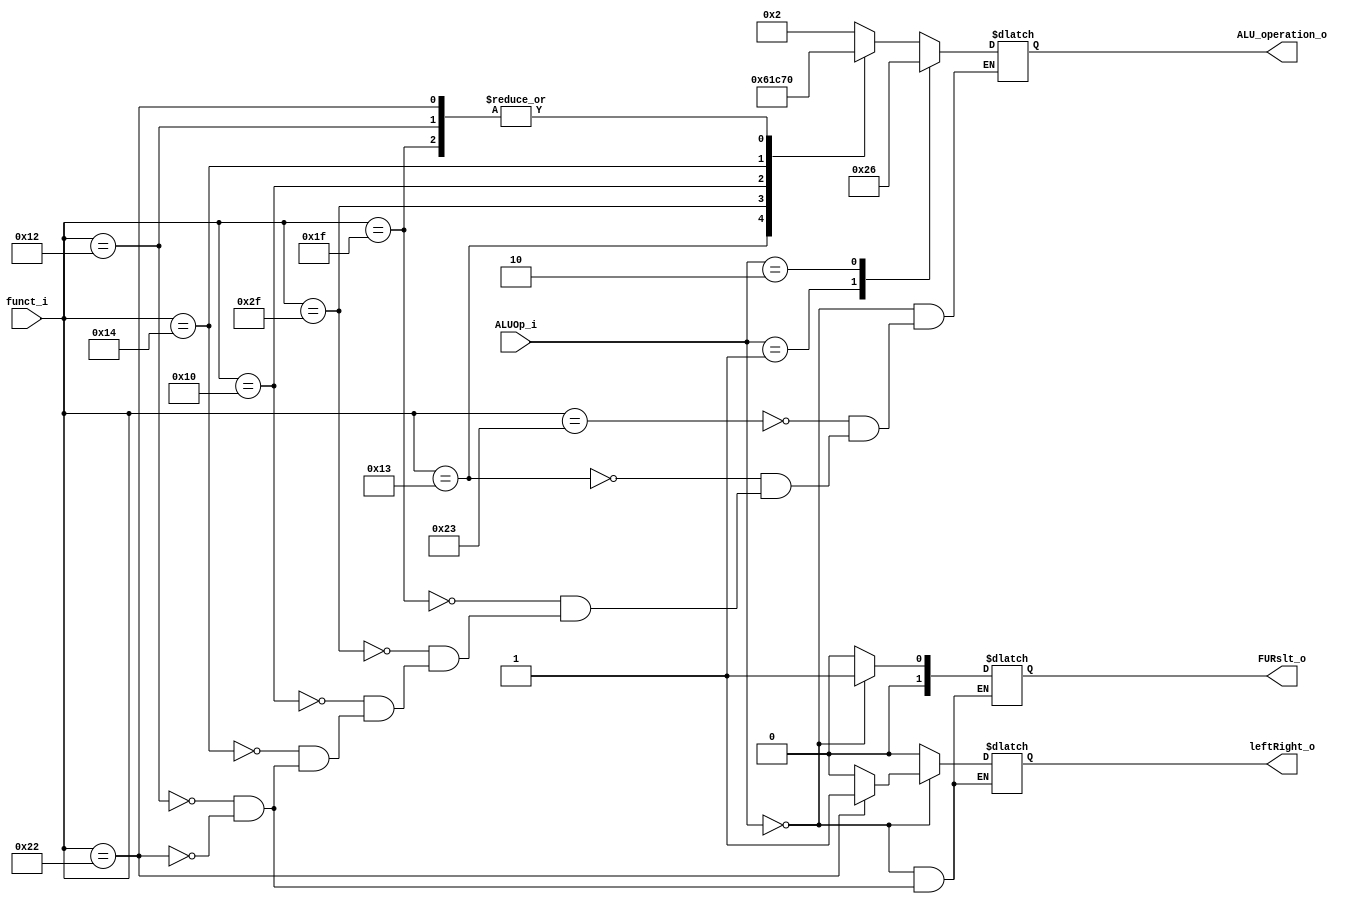
module ALU_Ctrl (  //R-type, I-type
    funct_i,
    ALUOp_i,
    ALU_operation_o,
    FURslt_o,
    leftRight_o
);

  //I/O ports
  input [6-1:0] funct_i;
  input [3-1:0] ALUOp_i;

  output [4-1:0] ALU_operation_o;
  output [2-1:0] FURslt_o;
  output leftRight_o;

  //Internal Signals
  //wire [4-1:0] ALU_operation_o;
  //wire [2-1:0] FURslt_o;
  //wire leftRight_o;
  reg [4-1:0] ALU_operation_o;
  reg [2-1:0] FURslt_o;
  reg leftRight_o;

  //Main function
  /*your code here*/
  
always@(*) begin
    case (ALUOp_i)
        3'b000:begin
            case (funct_i)
                6'b100011: ALU_operation_o <= 4'b0010;  // add 
                6'b010011: ALU_operation_o <= 4'b0110;   // sub
                6'b011111: ALU_operation_o <= 4'b0000;  // and 
                6'b101111: ALU_operation_o <= 4'b0001;   // or   
                6'b010000: ALU_operation_o <= 4'b1100;  // nor 
                6'b010100: ALU_operation_o <= 4'b0111; // slt
                6'b010010: begin ALU_operation_o <= 4'b0000; FURslt_o <= 2'b01; leftRight_o <= 1'b0; end   // sll
                6'b100010: begin ALU_operation_o <= 4'b0000; FURslt_o <= 2'b01; leftRight_o <= 1'b1; end  // srl 
                6'b010100: begin ALU_operation_o <= 4'b0000; FURslt_o <= 2'b10; leftRight_o <= 1'b0; end   //sllv
                6'b010100: begin ALU_operation_o <= 4'b0000; FURslt_o <= 2'b10; leftRight_o <= 1'b1; end  //srlv  
            endcase
        end
        3'b001: begin
            ALU_operation_o <= 4'b0010;               // addi(add),lw(add),sw(add)
            FURslt_o <= 2'b00; 
            leftRight_o <= 1'b0;
        end
        3'b010: begin
            ALU_operation_o <= 4'b0110;               // beq,bne(sub)
            FURslt_o <= 2'b00; 
            leftRight_o <= 1'b0;
        end
        default: begin 
            ALU_operation_o <= 4'bxxxx; 
            FURslt_o <= 2'b00; 
            leftRight_o <= 1'b0;
            end
    endcase   
end

endmodule